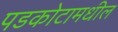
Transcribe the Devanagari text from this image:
पडकोटामधील